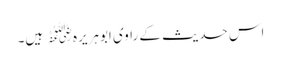
اس حدیث کے راوی ابوہریرہ﷜ ہیں۔